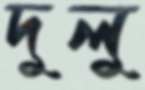
দুলু